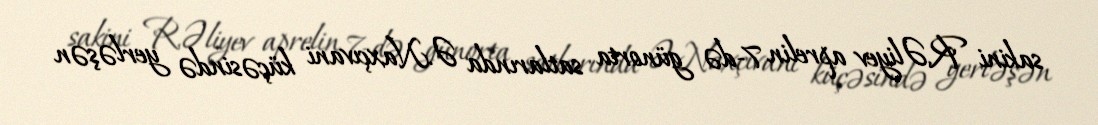
sakini R.Əliyev aprelin 7-də günorta satlarında Ə.Naxçıvani küçəsində yerləşən